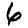
Digit: 6